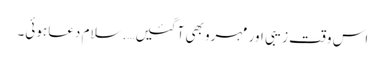
اس وقت زیبی اور مہرو بھی آ گئیں….سلام دعا ہوئی۔